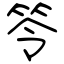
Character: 笭